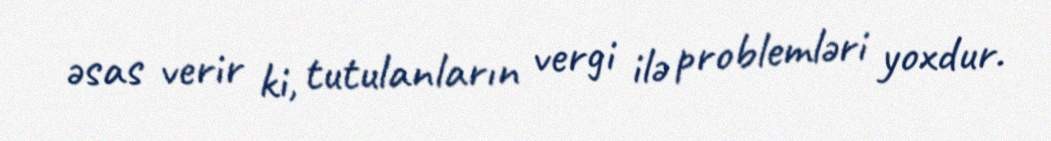
əsas verir ki, tutulanların vergi ilə problemləri yoxdur.